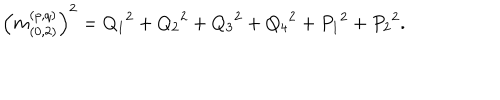
\left( m _ { ( 0 , 2 ) } ^ { ( p , q ) } \right) ^ { 2 } = { Q _ { 1 } } ^ { 2 } + { Q _ { 2 } } ^ { 2 } + { Q _ { 3 } } ^ { 2 } + { Q _ { 4 } } ^ { 2 } + { P _ { 1 } } ^ { 2 } + { P _ { 2 } } ^ { 2 } .